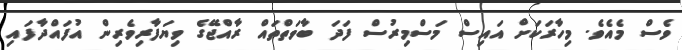
ވެސް މެއެވެ. މިހާރަކަށް އައިސް މަސްމިރުސް ފަދަ ބާވަތްތައް ރާއްޖޭގެ ވިޔަފާރިވެރިން އުފައްދާފައި